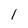
Character: 1